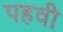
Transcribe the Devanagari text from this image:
पहवी